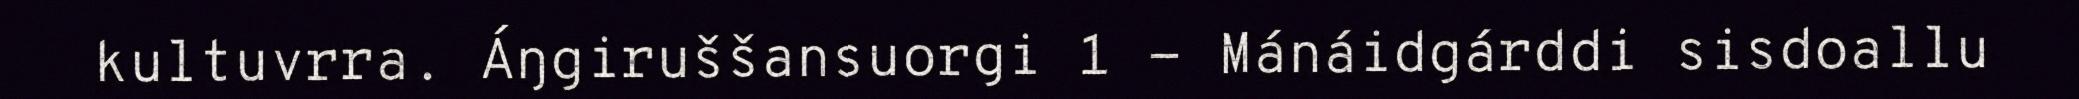
kultuvrra. Áŋgiruššansuorgi 1 - Mánáidgárddi sisdoallu